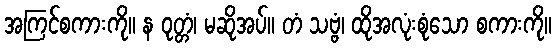
အကြင်စကားကို။ န ဝုတ္တံ၊ မဆိုအပ်။ တံ သဗ္ဗံ၊ ထိုအလုံးစုံသော စကားကို။